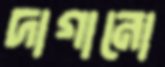
দাগানো